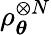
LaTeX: \rho_{\boldsymbol{\theta}}^{\otimes{N}}